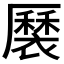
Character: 𧝏